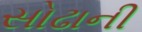
સોઢાની